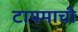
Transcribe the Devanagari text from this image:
टायमाची